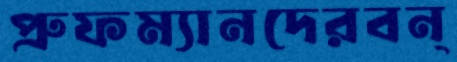
প্রুফম্যানদেরবন্